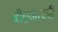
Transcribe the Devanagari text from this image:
बीएआरबी